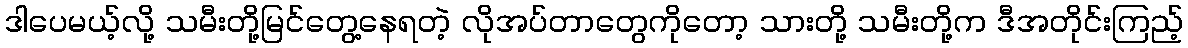
ဒါပေမယ့်လို့ သမီးတို့မြင်တွေ့နေရတဲ့ လိုအပ်တာတွေကိုတော့ သားတို့ သမီးတို့က ဒီအတိုင်းကြည့်